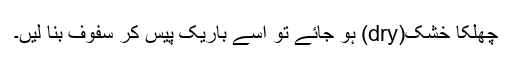
چھلکا خشک(dry) ہو جائے تو اسے باریک پیس کر سفوف بنا لیں۔